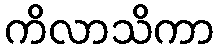
ကိလာသိကာ